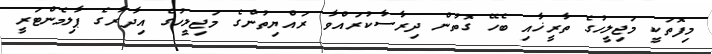
މިފޮތަކީ މަޖިލީހުގެ ތާރީޚާއި ބެހޭ ގޮތުން ދިރާސާކުރައްވާ ރައްޔިތުންގެ މަޖިލީހުގެ އިދާރާގެ ޕާލިމެންޓަރީ